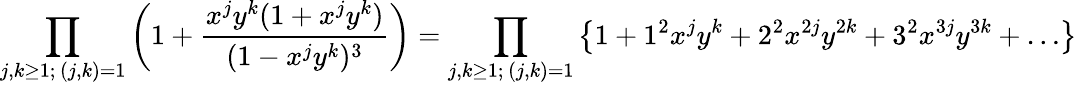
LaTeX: \prod_{\substack{j,k\geq 1;\, (j,k)=1}}\left(1+\frac{x^{j}y^{k}(1+x^{j}y^{k})}{(1-x^{j}y^{k})^{3}}\right)=\prod_{\substack{j,k\geq 1;\, (j,k)=1}}\left\{ 1+1^{2}x^{j}y^{k}+2^{2}x^{2j}y^{2k}+3^{2}x^{3j}y^{3k}+\ldots\right\}